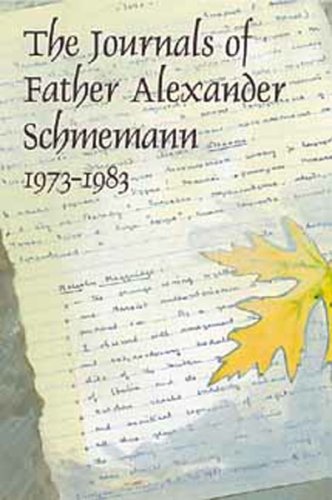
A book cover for The Journals of Father Alexander Schmemann, 1973-1983; Alexander Schmemann; Religion & Spirituality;